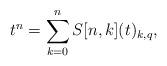
LaTeX: \begin{align*} t^n = \sum_{k=0}^{n} S[n,k](t)_{k,q},\end{align*}